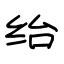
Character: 绐